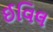
ઈવિલ